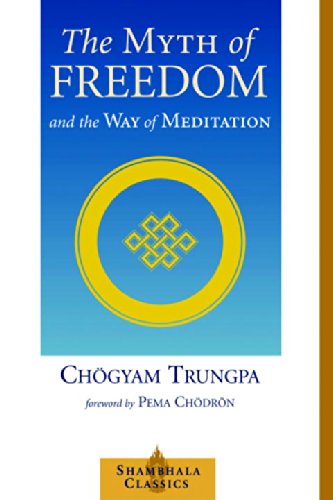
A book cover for The Myth of Freedom (Shambhala Classics); CHOGYAM TRUNGPA; Religion & Spirituality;